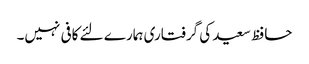
حافظ سعید کی گرفتاری ہمارے لئے کافی نہیں۔